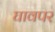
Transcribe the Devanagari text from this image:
घावपर